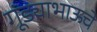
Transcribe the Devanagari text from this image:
गूंड्याभाऊचे